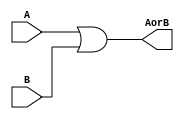
// Or Circuit - Assignment 1 - Q1 Figure 0 - A or B

module andCircuit (A, B, AorB);

input A, B;
output AorB;

or or1(AorB, A, B);

endmodule